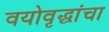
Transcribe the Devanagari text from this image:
वयोवृद्धांचा